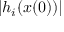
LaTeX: | h _ { i } ( x ( 0 ) ) |